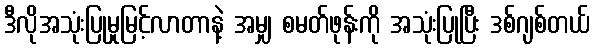
ဒီလိုအသုံးပြုမှုမြင့်လာတာနဲ့ အမျှ စမတ်ဖုန်းကို အသုံးပြုပြီး ဒစ်ဂျစ်တယ်